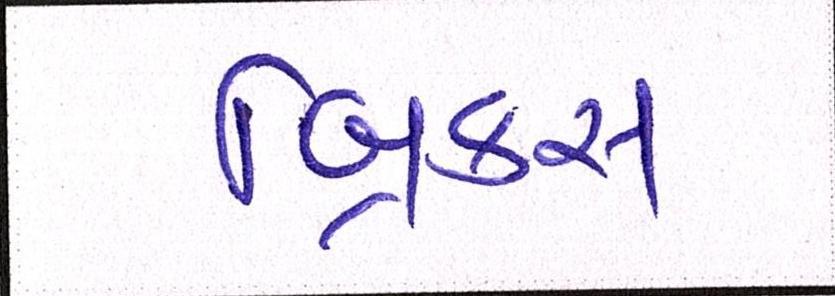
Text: બ્રિક્સ